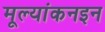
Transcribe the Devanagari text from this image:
मूल्यांकनइन